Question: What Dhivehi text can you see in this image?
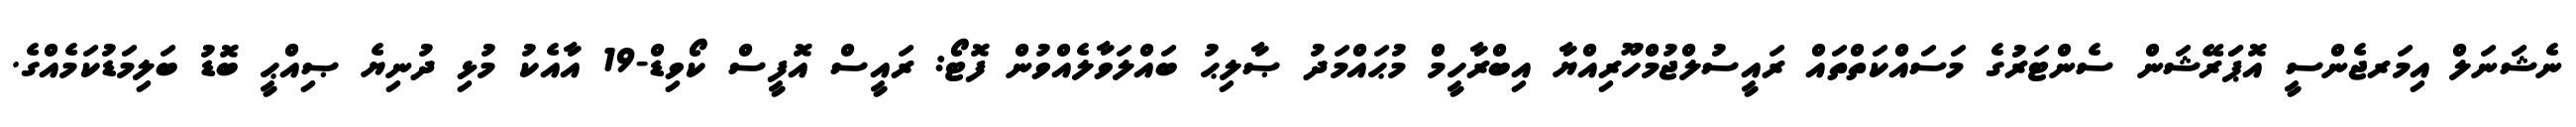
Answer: ނެޝަނަލް އިމަރޖެންސީ އޮޕަަރޭޝަން ސެންޓަރުގެ މަސައްކަތްތައް ރައީސުލްޖުމްހޫރިއްޔާ އިބްރާހީމް މުޙައްމަދު ޞާލިޙު ބައްލަވާލެއްވުން ފޮޓޯ: ރައީސް އޮފީސް ކޯވިޑް-19 އާއެކު މުޅި ދުނިޔެ ޞިއްޙީ ބޮޑު ބަލިމަޑުކަމެއްގެ.